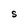
Character: S